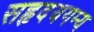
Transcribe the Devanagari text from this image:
सहृदयगम्य